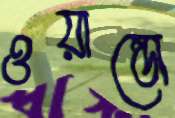
ওয়াল্ডো